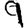
Digit: 9